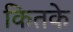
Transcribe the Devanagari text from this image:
कितके